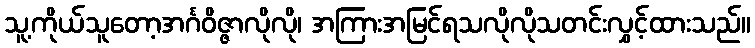
သူ့ကိုယ်သူတော့အင်္ဂဝိဇ္ဇာလိုလို၊ အကြားအမြင်ရသလိုလိုသတင်းလွှင့်ထားသည်။